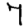
Digit: 7